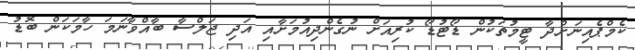
ކެމްޕެއިނަށްދާ ޓީމުތަކުން ޑޯޓުޑޯ ކުރިއަށް ނުގެންދިއުމަށާއި އަދި ޖަލްސާ ބާއްވާނަމަ ހާމަކަން ބޮޑު